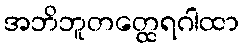
အဘိဘူတတ္ထေရဂါထာ